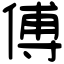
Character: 傅